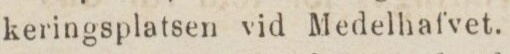
keringsplatsen vid Medelhafvet.